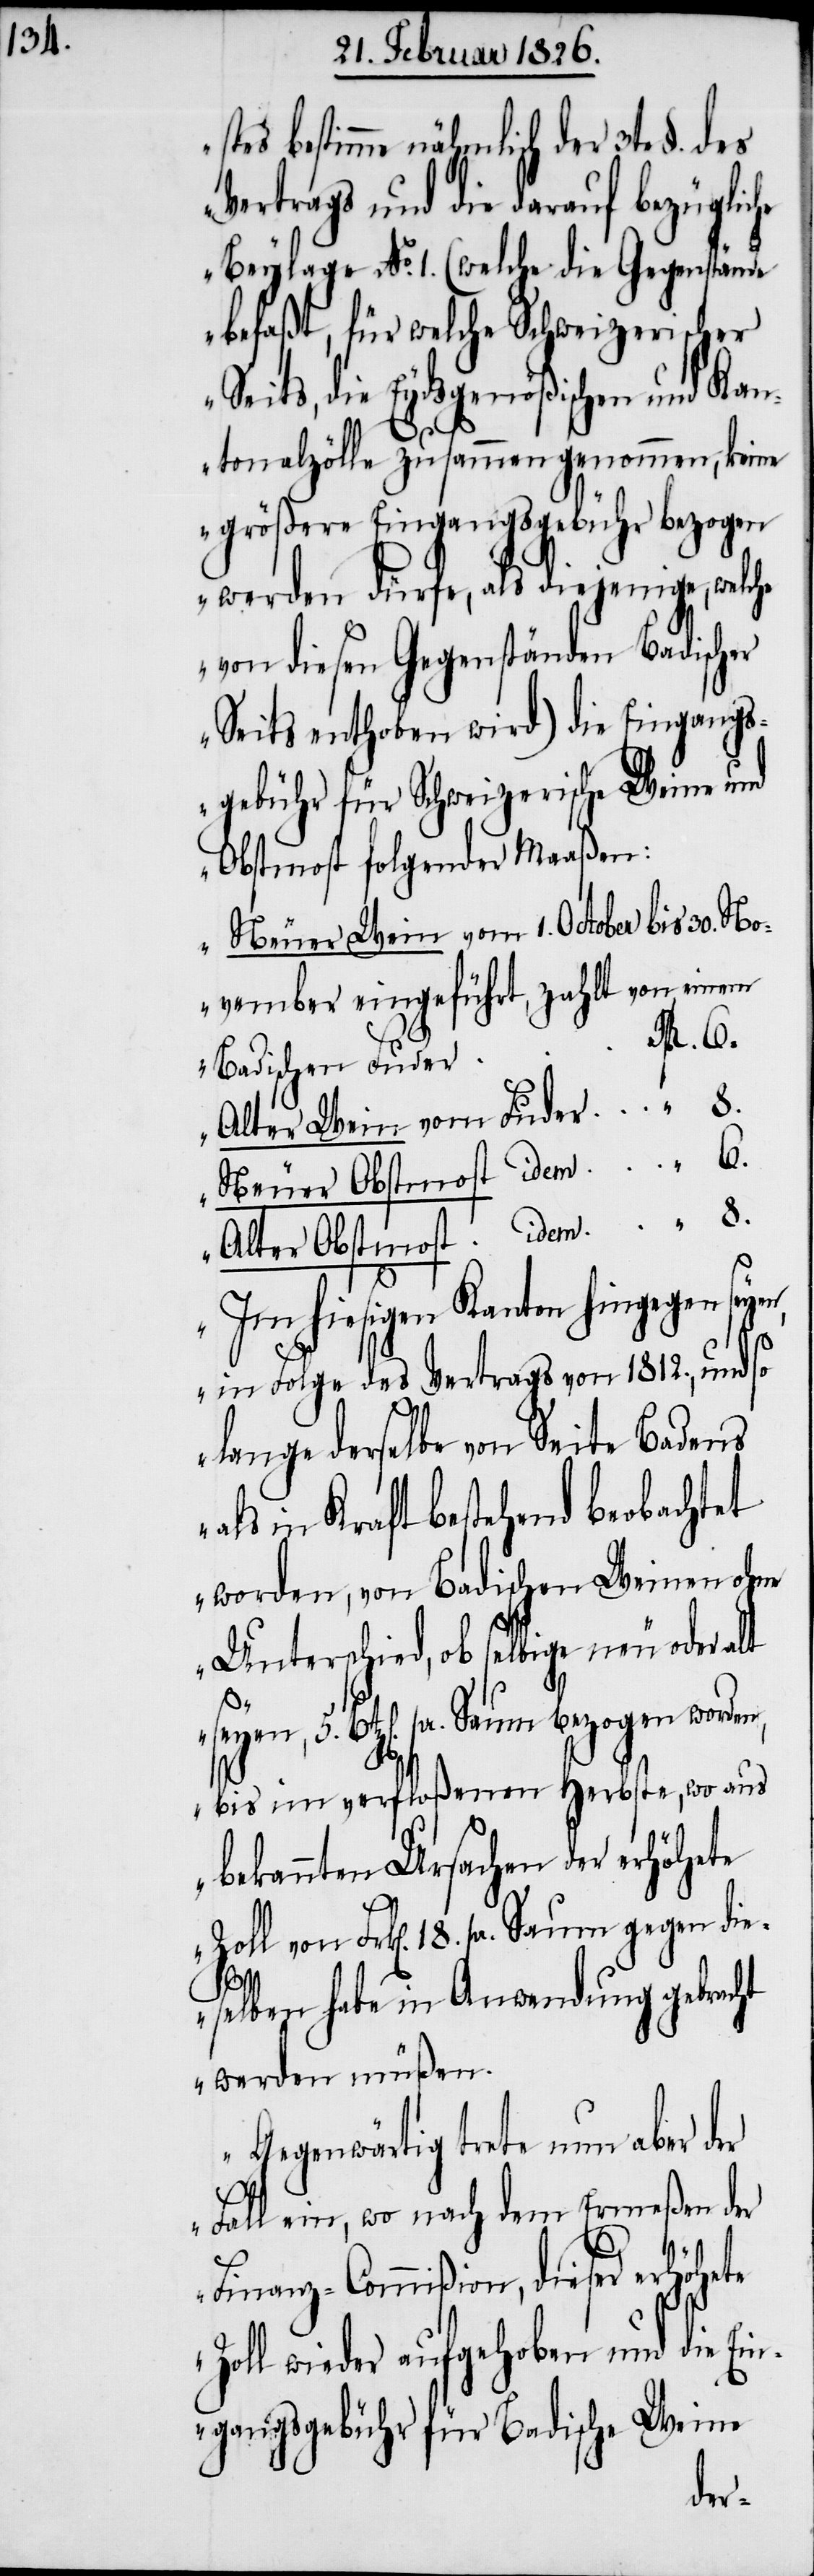
stes bestimme nähmlich der 3te §. des
Vertrags und die darauf bezügliche
Beylage No. 1. (welche die Gegenstände
befaßt, für welche Schweizerischer
Seits, die Eydsgenößischen und Kan¬
5.
tonalzölle zusammengenommen, keine
größere Eingangsgebühr bezogen
werden dürfe, als diejenige, welche
von diesen Gegenständen Badischer
Seits enthoben wird) die Eingangs¬
gebühr für Schweizerische Weine und
Obstmost folgender Maaßen:
Neuer Wein vom 1. October bis 30. No¬
vember eingeführt, zahlt von einem
Badischen Fuder
Alter Wein vom Fuder
Neuer Obstmost idem.
Alter Obstmost idem.
Im hiesigen Kanton hingegen sey¬
in Folge des Vertrags von 1812., und so
lange derselbe von Seite Badens
als in Kraft bestehend beobachtet
worden, von Badischen Weinen ohne
Unterschied, ob selbige neu oder
Btz[en]. pr. Saum bezogen worden,
bis im verfloßenen Herbste, wo aus
bekannten Ursachen der erhöhete
Zoll von Frk[en]. 18. pr. Saum gegen die¬
en,
selben habe in Anwendung gebracht
werden müßen.
Gegenwärtig trete nun aber der
Fall ein, wo nach dem Ermeßen der
Finanz-Commißion, dieser erhöhete
Zoll wieder aufgehoben und die Ein¬
gangsgebühr für Badische Weine